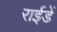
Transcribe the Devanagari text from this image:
राईडें